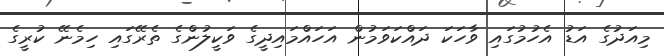
މިއަދުގެ އަޑު އެހުމުގައި ވާހަކަ ދައްކަވަމުން އަހައްމައިދީގެ ވަކީލުންގެ ތެރޭގައި ހިމެނޭ ކުރީގެ